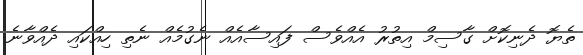
ތެޔޮ ދެނިކޮށް ގާސިމް އިތުރު އެއްވެސް ފައިސާއެއް ނެގުމެއް ނެތި ހިއްކައި ދެއްވާނެ